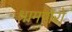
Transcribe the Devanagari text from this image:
श्रामणेरो